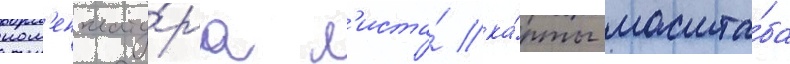
ном'енклату́ра л'иста́ ка́рты масшта́ба